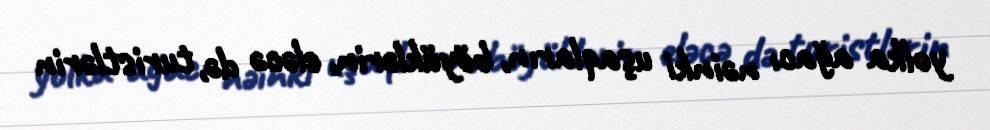
yolka ağacı nəinki uşaqların, böyüklərin, eləcə də, turistlərin